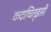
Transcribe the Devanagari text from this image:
कदाचित्‌इसी